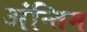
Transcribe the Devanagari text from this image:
अंन्तिम